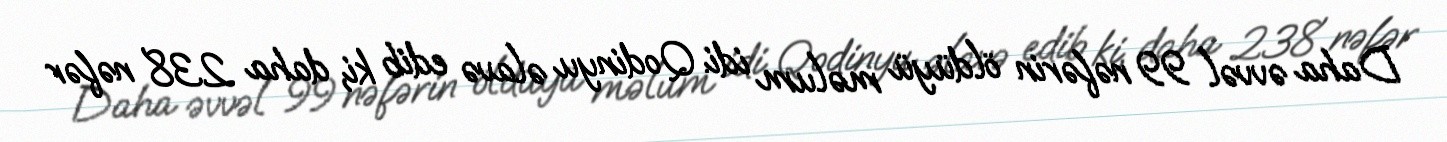
Daha əvvəl 99 nəfərin öldüyü məlum idi. Qodinyu əlavə edib ki, daha 238 nəfər